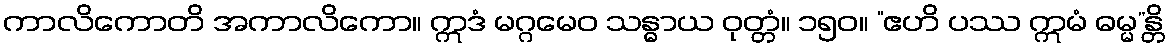
ကာလိကောတိ အကာလိကော။ ဣဒံ မဂ္ဂမေဝ သန္ဓာယ ဝုတ္တံ။ ၁၅၀။ “ဧဟိ ပဿ ဣမံ ဓမ္မ”န္တိ